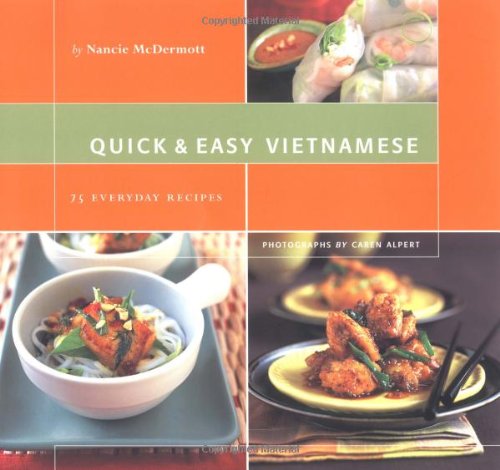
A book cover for Quick & Easy Vietnamese: 75 Everyday Recipes; Nancie McDermott; Cookbooks, Food & Wine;